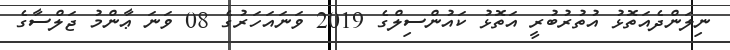
ނިލަންދެއަތޮޅު އުތުރުބުރީ އަތޮޅު ކައުންސިލްގެ 2019 ވަނައަހަރުގެ 08 ވަނަ ޢާންމު ޖަލްސާގެ